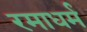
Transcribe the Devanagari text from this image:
रमाधर्म